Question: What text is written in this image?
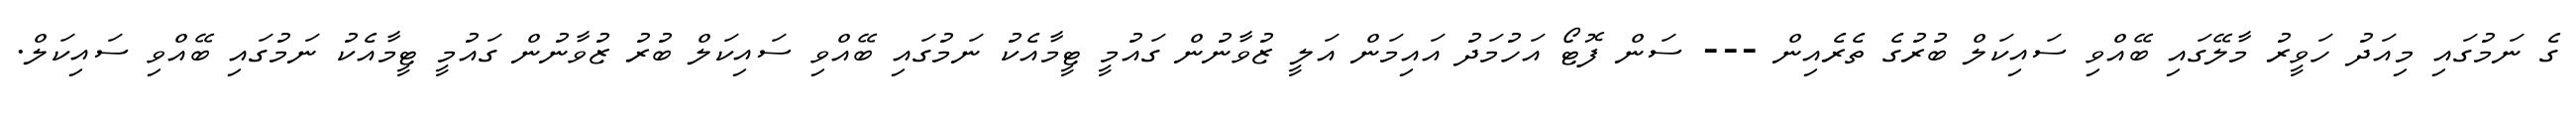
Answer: ގެ ނަމުގައި މިއަދު ހަވީރު މާލޭގައި ބޭއްވި ސައިކަލް ބުރުގެ ތެރެއިން --- ސަން ފޮޓޯ އަހުމަދު އައިމަން އަލީ ޒުވާނުން ގައުމީ ޓީމާއެކު ނަމުގައި ބޭއްވި ސައިކަލް ބުރު ޒުވާނުން ގައުމީ ޓީމާއެކު ނަމުގައި ބޭއްވި ސައިކަލް.